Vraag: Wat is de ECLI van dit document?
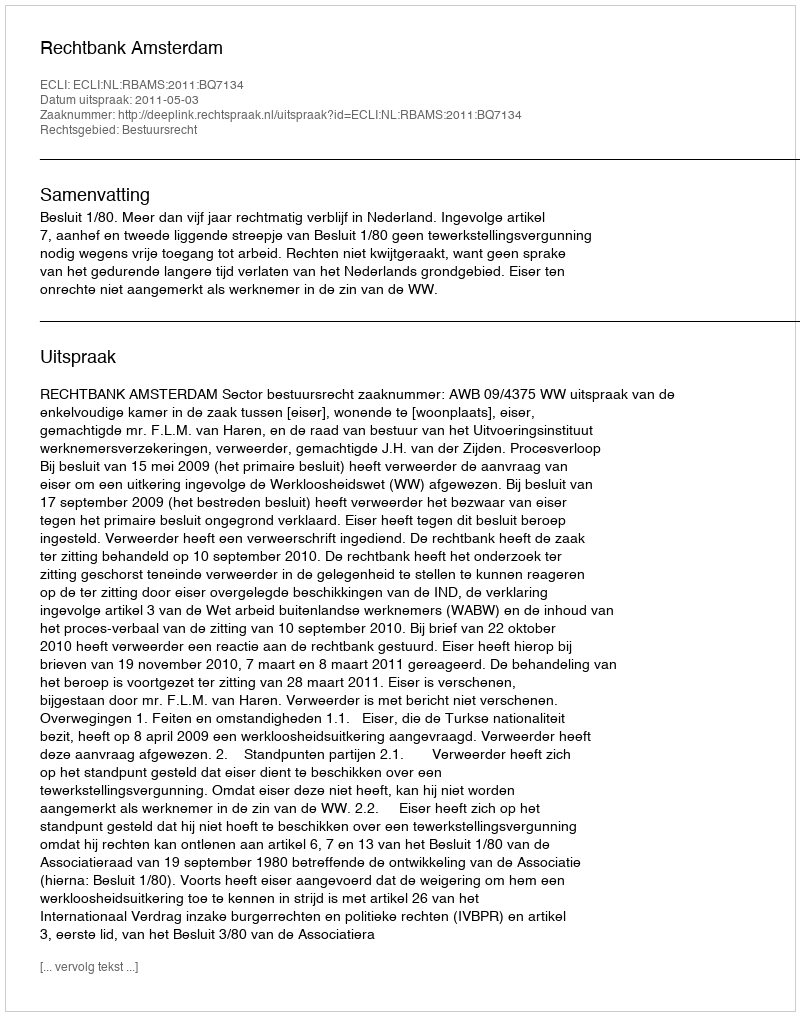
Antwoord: ECLI:NL:RBAMS:2011:BQ7134